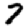
Digit: 7